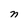
Character: n